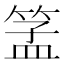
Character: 𱸋